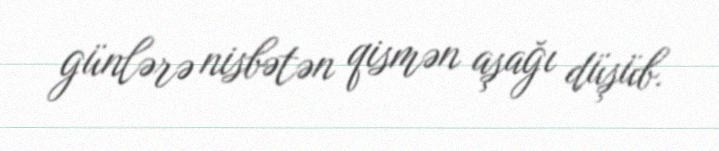
günlərə nisbətən qismən aşağı düşüb.